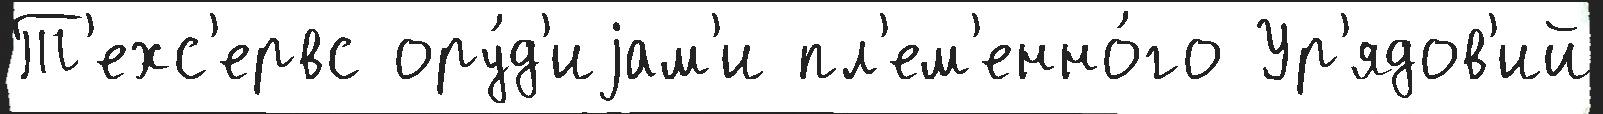
Т'ехс'ервс ору́д'иjам'и пл'ем'енно́го Ур'ядов'ий